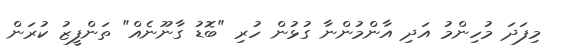
މިފަދަ މުހިންމު އަދި އާންމުންނާ ގުޅުން ހުރި "ބޮޑު ގާނޫނެއް" ތަންފީޒު ކުރަން